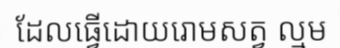
ដែលធ្វើដោយរោមសត្វ ល្មម